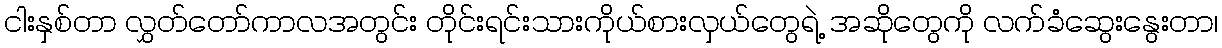
ငါးနှစ်တာ လွှတ်တော်ကာလအတွင်း တိုင်းရင်းသားကိုယ်စားလှယ်တွေရဲ့ အဆိုတွေကို လက်ခံဆွေးနွေးတာ၊